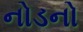
નોડનો